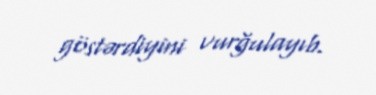
göstərdiyini vurğulayıb.